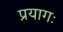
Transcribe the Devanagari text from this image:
प्रयागः